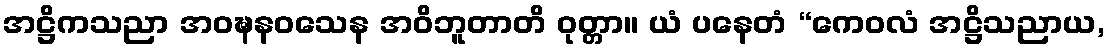
အဋ္ဌိကသညာ အဝဍ္ဎနဝသေန အဝိဘူတာတိ ဝုတ္တာ။ ယံ ပနေတံ “ကေဝလံ အဋ္ဌိသညာယ,